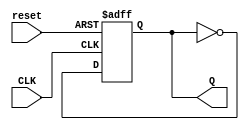
module comp_D_flip_flop(output reg Q,input CLK, reset);
	always @(negedge CLK, posedge reset)
		if(reset) Q<=1'b0;
		else Q<=  ~Q;
endmodule

module ripple_counter_4bit(A3,A2,A1,A0,count,reset);
	output A3,A2,A1,A0;
	input count, reset;
	
	comp_D_flip_flop F0(A0,count,reset);
	comp_D_flip_flop F1(A1,A0,reset);
	comp_D_flip_flop F2(A2,A1,reset);
	comp_D_flip_flop F4(A3,A2,reset);
endmodule